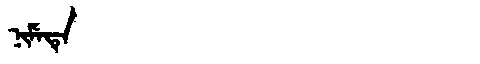
Manchu: ᠨᡳᠮᡝᡨᡝ
Romanization: NIMETE